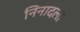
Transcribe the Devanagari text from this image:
निनादला